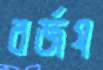
বর্জয